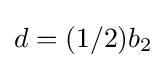
d=(1/2)b_{2}